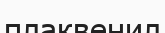
плаквенил